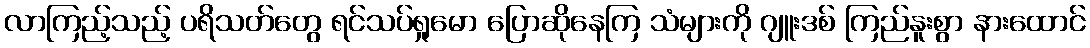
လာကြည့်သည့် ပရိသတ်တွေ ရင်သပ်ရှုမော ပြောဆိုနေကြ သံများကို ဂျူးဒစ် ကြည်နူးစွာ နားထောင်